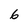
Character: 6